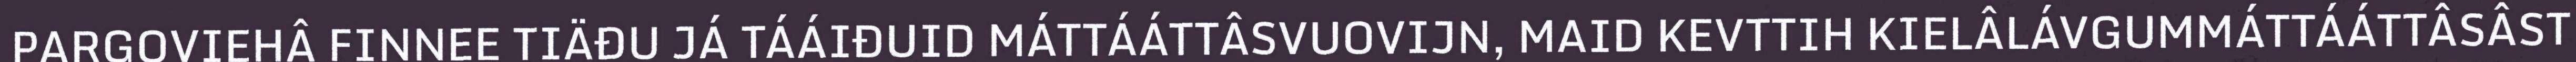
PARGOVIEHÂ FINNEE TIÄĐU JÁ TÁÁIĐUID MÁTTÁÁTTÂSVUOVIJN, MAID KEVTTIH KIELÂLÁVGUMMÁTTÁÁTTÂSÂST